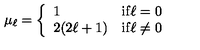
\mu _ { \ell } = \left\{ \begin{array} { l l } { 1 } & { \mathrm { i f \ell = 0 } } \\ { 2 ( 2 \ell + 1 ) } & { \mathrm { i f \ell \neq 0 } } \\ \end{array} \right. \nonumber